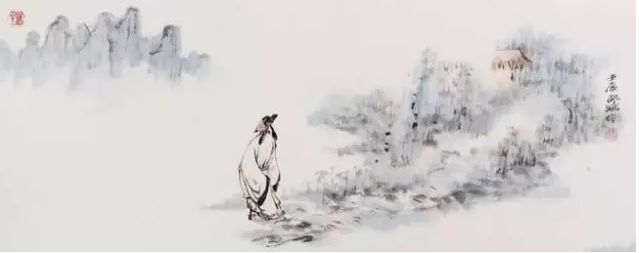
俯视洛阳川，茫茫走胡兵。